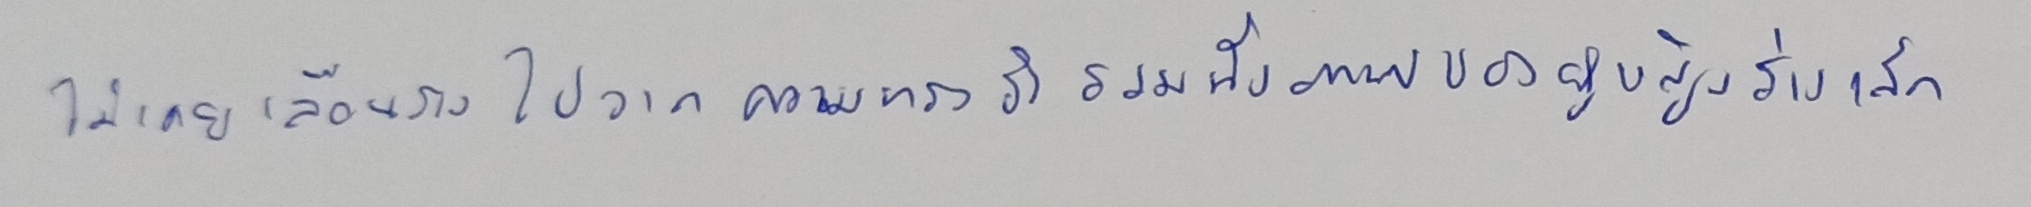
ไม่เคยเลือนรางไปจากความทรงจำรวมทั้งภาพของผู้หญิงร่างเล็ก